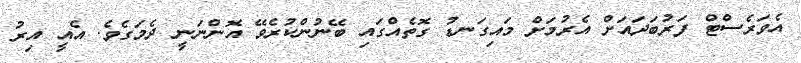
އެވަރެސްްޓް ފަރުބަދައަށް އެެރުމަށް މައިގަނޑު ގޮތެއްގައި ބޭނުންކުރެވޭ އޮންނަނީ ދެމަގެވެ. އެއީ އިރު